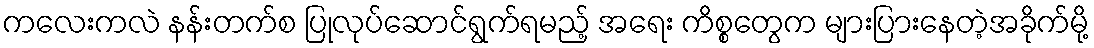
ကလေးကလဲ နန်းတက်စ ပြုလုပ်ဆောင်ရွက်ရမည့် အရေး ကိစ္စတွေက များပြားနေတဲ့အခိုက်မို့